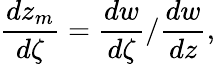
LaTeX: \frac{dz_{m}}{d\zeta}=\frac{dw}{d\zeta}/\frac{dw}{dz},